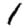
Digit: 1